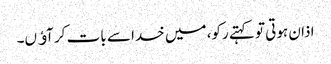
اذان ہوتی تو کہتے رکو، میں خدا سے بات کر آﺅں۔